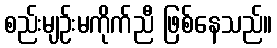
စည်းမျဉ်းမကိုက်ညီ ဖြစ်နေသည်။